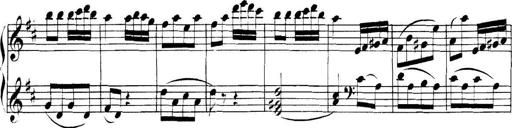
Title: Collected Piano Sonatas
Composer: Muzio Clementi